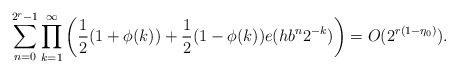
LaTeX: \begin{align*}\sum\limits^{2^r-1}_{n=0}\prod\limits_{k=1}^{\infty}\left(\frac{1}{2}(1+\phi(k))+\frac{1}{2}(1-\phi(k))e(h b^n 2^{-k})\right)=O(2^{r(1-\eta_0)}).\end{align*}